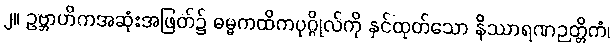
၂။ ဥဗ္ဘာဟိကအဆုံးအဖြတ်၌ ဓမ္မကထိကပုဂ္ဂိုလ်ကို နှင်ထုတ်သော နိဿာရဏဉတ္တိကံ၊